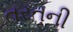
તરતની